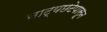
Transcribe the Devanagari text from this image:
नाट्यछटेपासून